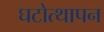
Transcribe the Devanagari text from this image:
घटोत्थापन